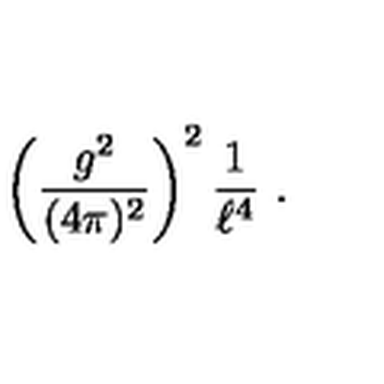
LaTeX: \left( { \frac { g ^ { 2 } } { ( 4 \pi ) ^ { 2 } } } \right) ^ { 2 } { \frac { 1 } { \ell ^ { 4 } } } \ .